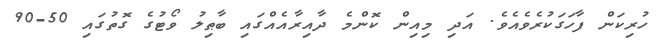
ހުރިކަން ފާހަގަކުރެވެއެވެ. އަދި މިއިން ކޮންމެ ދާއިރާއެއްގައި ބާޠިލު ވޯޓުގެ ގޮތުގައި 50-90